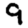
Digit: 9